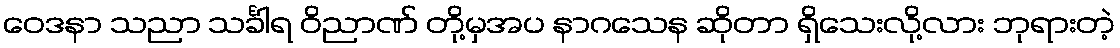
ဝေဒနာ သညာ သင်္ခါရ ဝိညာဏ် တို့မှအပ နာဂသေန ဆိုတာ ရှိသေးလို့လား ဘုရားတဲ့